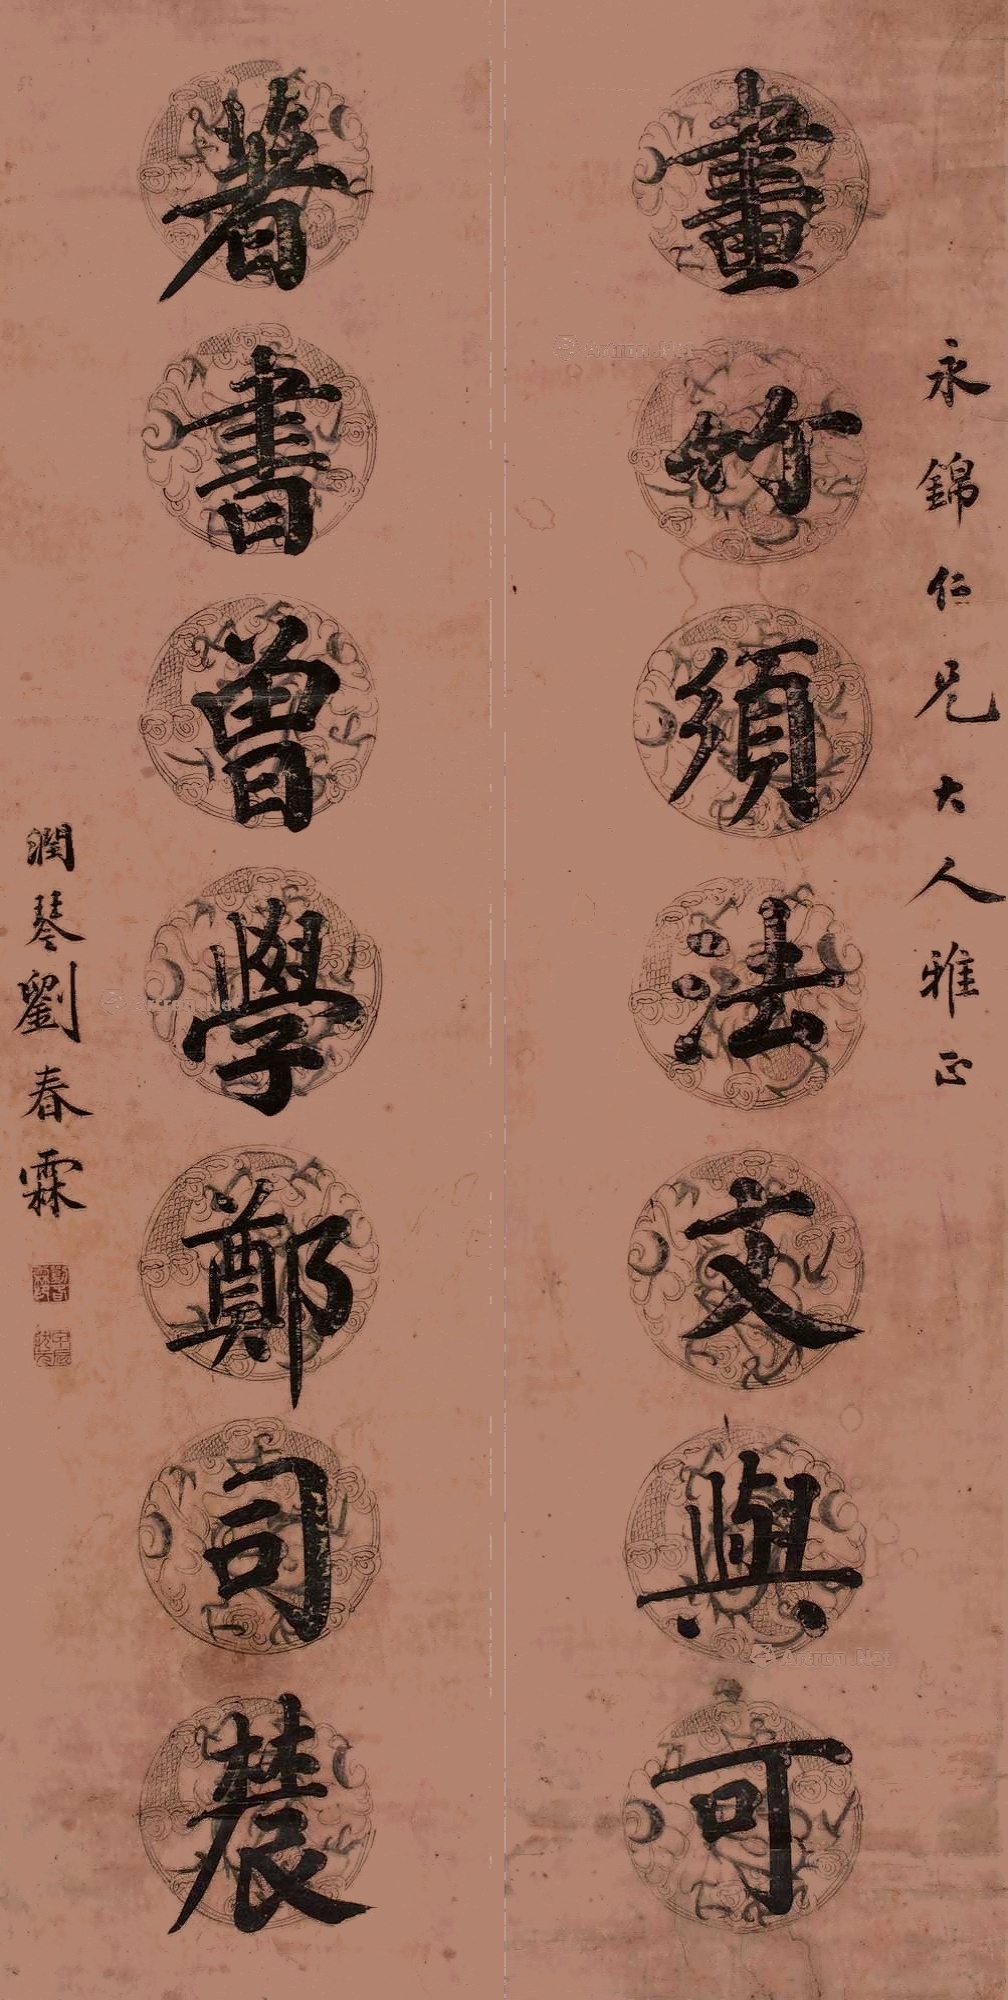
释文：画竹须法文与可，着书曾学郑司农。永锦仁兄大人雅正，润琴刘春霖。